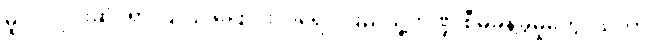
မူဝါဒ ပိုင်းဆိုင်ရာ ပြုပြင်ပြောင်းလဲရေး၊ ပြည်သူ့ဘဏ္ဍ စီမံခန့်ခွဲမှုတွေ၊ သဘာဝ